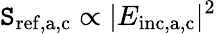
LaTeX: \mathtt{S}_{\mathrm{{ref,a,c}}}\propto|E_{\mathrm{{inc,a,c}}}|^{2}